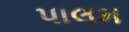
પાલમ